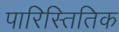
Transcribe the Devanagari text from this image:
पारिस्तितिक